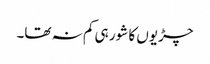
چڑیوں کا شور ہی کم نہ تھا۔